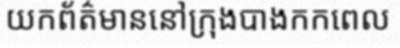
យកព័ត៌មាននៅក្រុងបាងកកពេល